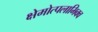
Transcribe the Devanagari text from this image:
क्षेमोत्पलाभिक्व